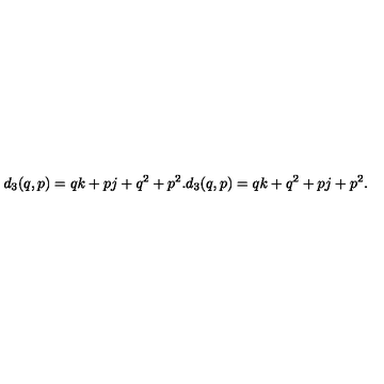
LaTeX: d _ { 3 } ( q , p ) = q k + p j + q ^ { 2 } + p ^ { 2 } . d _ { 3 } ( q , p ) = q k + q ^ { 2 } + p j + p ^ { 2 } .